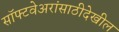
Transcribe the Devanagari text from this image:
सॉफ्टवेअरांसाठीदेखील